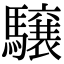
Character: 𩦪